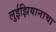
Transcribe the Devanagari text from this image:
लुईझियानाचा